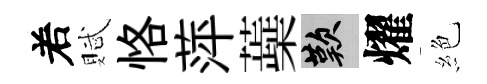
𠰥賦恪萍蘃嘆燿絶